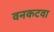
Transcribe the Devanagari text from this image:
वनकटवा